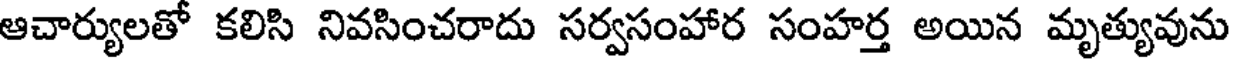
ఆచార్యులతో కలిసి నివసించరాదు సర్వసంహార సంహర్త అయిన మృత్యువును